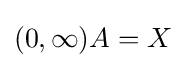
(0,\infty )A=X